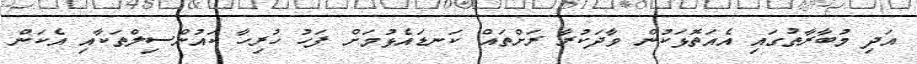
އަދި މުބާރާތުގައި އެއަތޮޅަކުން ވާދަކުރާ ރަށްތައް ކަނޑައެޅުމަށް ފަހު ހުރިހާ ކައުންސިލްތަކާއި އެކަން